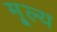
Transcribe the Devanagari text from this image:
मू्ल्य